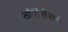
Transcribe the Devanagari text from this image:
सर्व्हिसेसचे